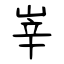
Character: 峷